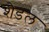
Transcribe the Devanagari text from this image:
शैडल